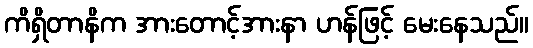
ကိရှိတာနိက အားတောင့်အားနာ ဟန်ဖြင့် မေးနေသည်။